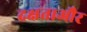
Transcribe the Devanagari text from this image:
दक्षताऔर